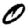
Digit: 0